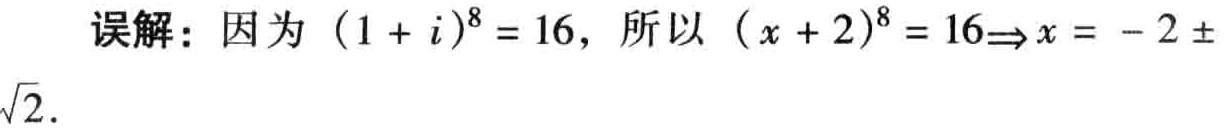
误解：因为 \((1 + i)^{8} = 16\)，所以 \((x + 2)^{8} = 16\Rightarrow x = - 2 \pm\sqrt{2}\).